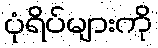
ပုံရိပ်များကို